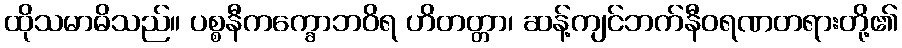
ထိုသမာဓိသည်။ ပစ္စနီကက္ခောဘဝိရ ဟိတတ္တာ၊ ဆန့်ကျင်ဘက်နီဝရဏတရားတို့၏